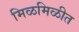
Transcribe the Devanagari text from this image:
मिळमिळीत